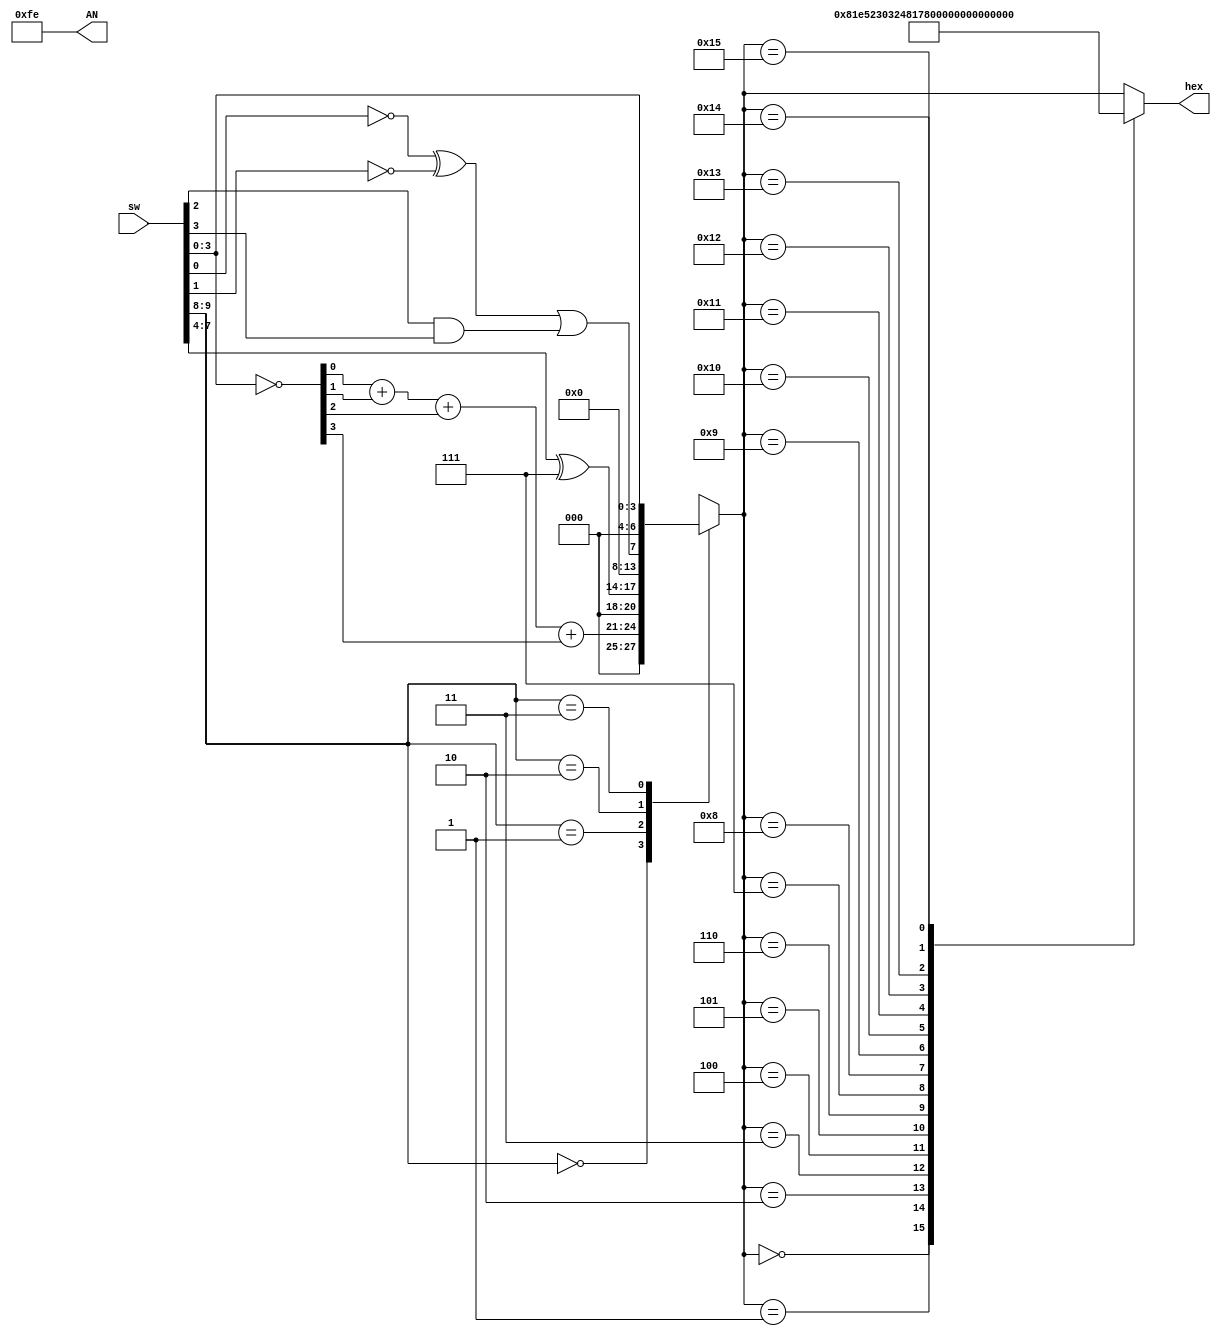
module main(
 input  [15:0] sw,
 output [6:0]  hex,
 output [7:0]  AN
);
 
wire  [3:0]  inv_sw;
wire  [3:0]  dc1;
wire  [3:0]  dc2;
wire         f;
 
reg  [6:0]  hex;
 
assign AN = 8'b1111_1110;
 
assign inv_sw = ~sw[3:0];
assign dc1    = inv_sw[0] + inv_sw[1] + inv_sw[2] + inv_sw[3];
assign dc2    = sw[7:4] ^ 4'b0111;
assign f      = ( ~sw[0] ) ^ ( ~sw[1] ) | ( sw[2] & sw[3] );
 
always @( * ) begin
  case ( sw[9:8] )
        2'b00: hex = dc1;
        2'b01: hex = dc2;
        2'b10: hex = f;
        2'b11: hex = sw[3:0];
  endcase
 
  case ( hex )
        16'h0:  hex = 7'b1000000;
        16'h1:  hex = 7'b1111001;
        16'h2:  hex = 7'b0100100;
        16'h3:  hex = 7'b0110000;
        16'h4:  hex = 7'b0011001;
        16'h5:  hex = 7'b0010010;
        16'h6:  hex = 7'b0000010;
        16'h7:  hex = 7'b1111000;
        16'h8:  hex = 7'b0000000;
        16'h9:  hex = 7'b0010000;
        16'h10: hex = 7'b0001000;
        16'h11: hex = 7'b0000011;
        16'h12: hex = 7'b1000110;
        16'h13: hex = 7'b0100001;
        16'h14: hex = 7'b0000100;
        16'h15: hex = 7'b0001110;
  endcase
end 

endmodule